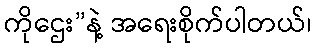
ကိုဌေး”နဲ့ အရေးစိုက်ပါတယ်၊